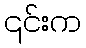
၎င်းက